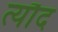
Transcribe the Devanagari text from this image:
त्यौद